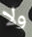
ولا